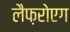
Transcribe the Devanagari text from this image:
लैफ़रोएग